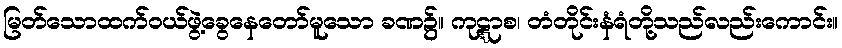
မြတ်သောထက်ဝယ်ဖွဲ့ခွေနေတော်မူသော ခဏ၌။ ကုဋ္ဋာစ၊ တံတိုင်းနံရံတို့သည်လည်းကောင်း။